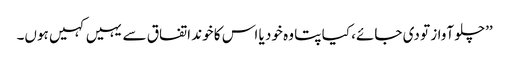
’’چلو آواز تو دی جائے، کیا پتا وہ خود یا اس کا خوند اتفاق سے یہیں کہیں ہوں۔